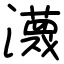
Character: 瀎